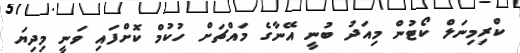
ކްރިމިނަލް ކޯޓުން މިއަދު ބުނީ އޭނާގެ މައްޗަށް ހުކުމް ކޮށްފައި ވަނީ މިދިޔަ